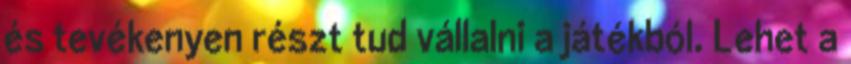
és tevékenyen részt tud vállalni a játékból. Lehet a